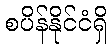
စပိန်နိုင်ငံရှိ